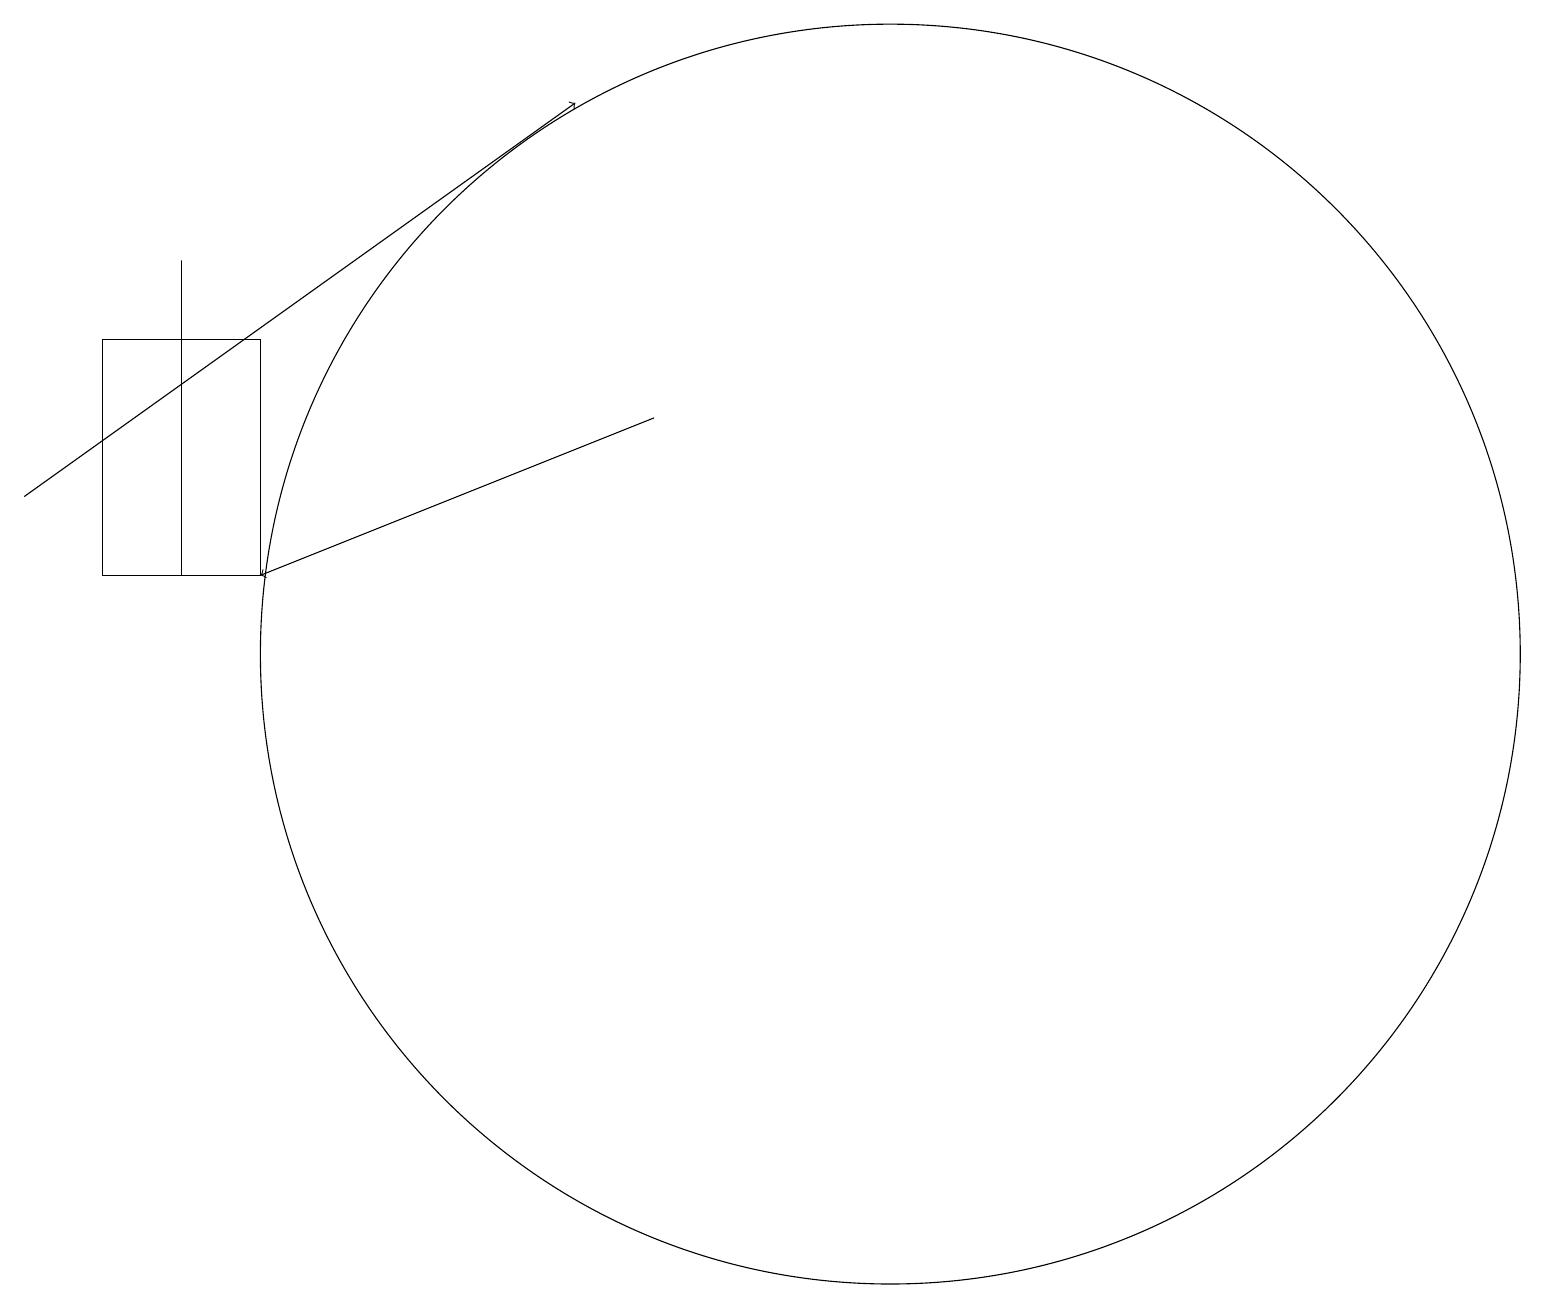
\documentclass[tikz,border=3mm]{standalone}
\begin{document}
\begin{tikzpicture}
\draw (12,12) circle (8);
\draw[->] (1,14) -- (8,19);
\draw[->] (9,15) -- (4,13);
\draw (3,17) rectangle (3,13);
\draw (4,16) rectangle (2,13);
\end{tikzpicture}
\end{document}